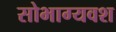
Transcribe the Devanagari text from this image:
सोभाग्यवश